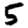
Digit: 5